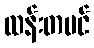
ထန်းတပင်